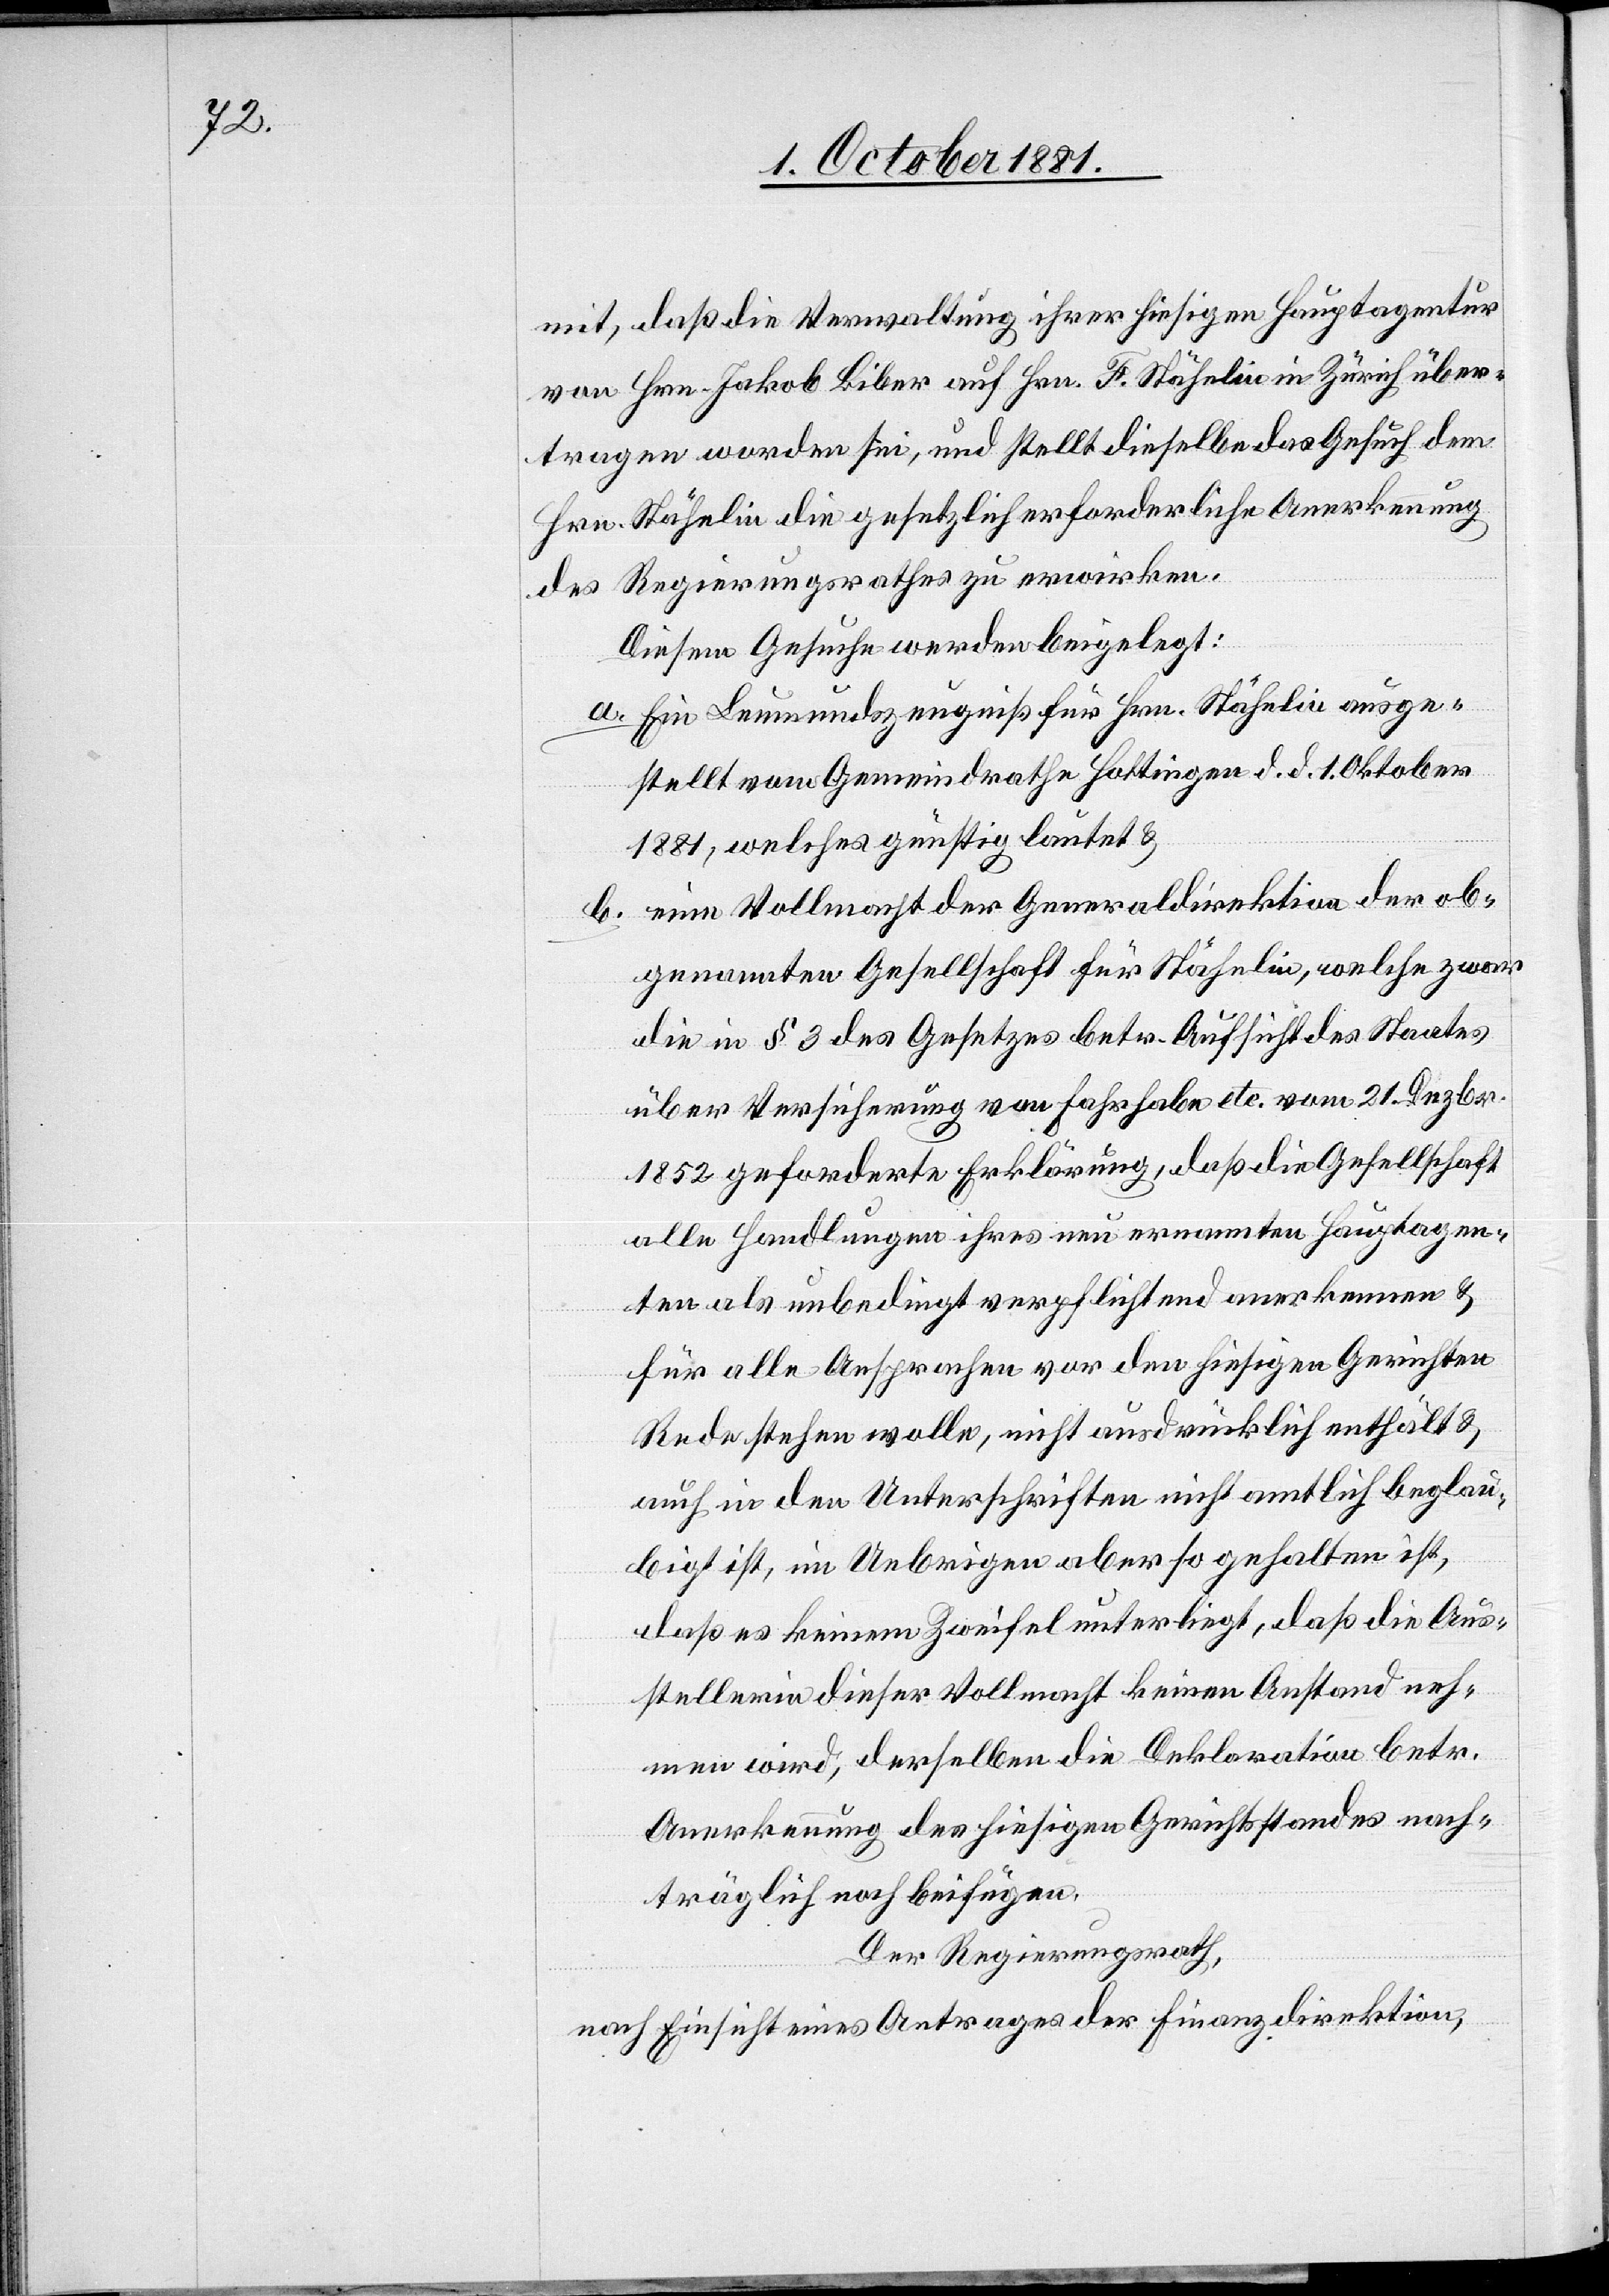
mit, daß die Verwaltung ihrer hiesigen Hauptagentur
von Hrn. Jakob Biber auf Hrn. F. Stähelin [sic!] in Zürich über¬
tragen worden sei, und stellt dieselbe das Gesuch dem
Hrn. Stähelin die gesetzlich erforderliche Anerkennung
des Regierungsrathes zu erwirken.
Diesem Gesuche werden beigelegt:
a. Ein Leumundszeugniß für Hrn. Stähelin ausge¬
stellt vom Gemeindrathe Hottingen d. d. 1. Oktober
1881, welches günstig lautet &
b. eine Vollmacht der Generaldirektion der ob¬
genannten Gesellschaft für Stähelin, welche zwar
die in § 3 des Gesetzes betr. Aufsicht des Staates
über Versicherung von Fahrhabe etc. vom 21. Dezbr.
1852 geforderte Erklärung, daß die Gesellschaft
alle Handlungen ihres neu ernannten Hauptagen¬
ten als unbedingt verpflichtend anerkennen &
für alle Ansprachen vor den hiesigen Gerichten
Rede stehen wolle, nicht ausdrücklich enthält &
auch in den Unterschriften nicht amtlich beglau¬
bigt ist, im Uebrigen aber so gehalten ist,
daß es keinem Zweifel unterliegt, daß die Aus¬
stellerin dieser Vollmacht keinen Anstand neh¬
men wird, derselben die Deklaration betr.
Anerkennung des hiesigen Gerichtsstandes nach¬
träglich noch bei[zu]fügen.
Der Regierungsrath,
nach Einsicht eines Antrages der Finanzdirektion,